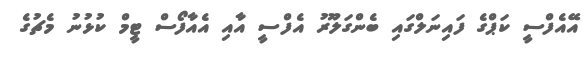
އޭއެފްސީ ކަޕްގެ ފައިނަލްގައި ބެންގަލޫރު އެފްސީ އާއި އެއާފޯސް ޓީމް ކުޅުނު މެޗުގެ